Annual administration report of the Civil Veterinary Department of India - 1894-1895
Year: 1894
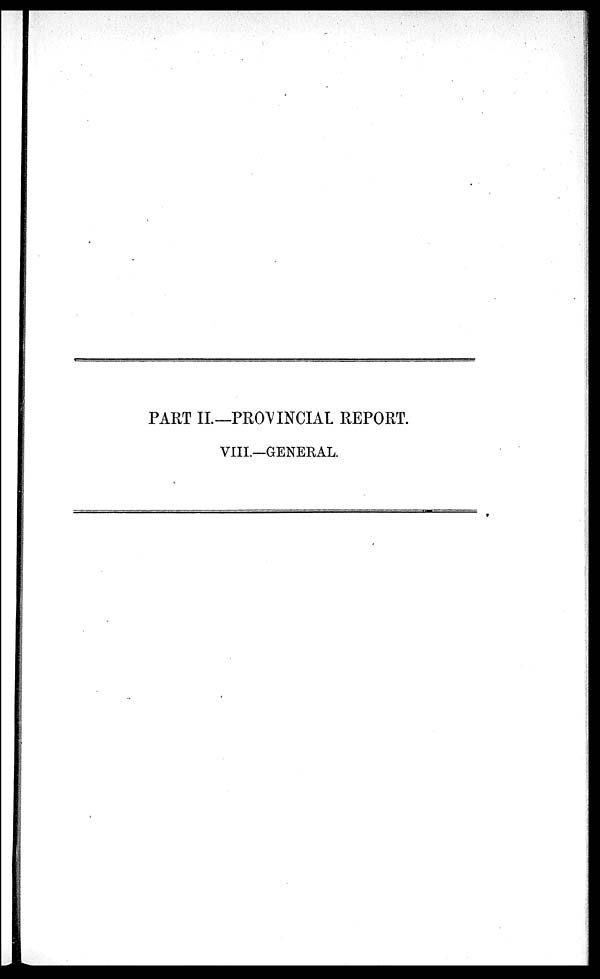
PART II.—PROVINCIAL REPORT.
VIII.—GENERAL.